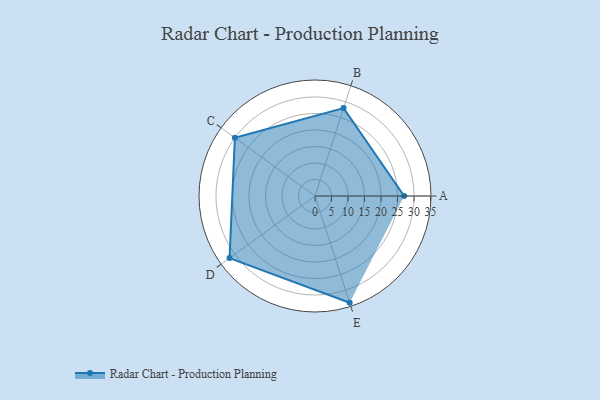
{"axis": {"x": "Skill", "y": "Score"}, "legend": ["Profile"], "data": [{"x": "A", "y": 27.0, "type": "Profile"}, {"x": "B", "y": 28.0, "type": "Profile"}, {"x": "C", "y": 30.0, "type": "Profile"}, {"x": "D", "y": 32.0, "type": "Profile"}, {"x": "E", "y": 34.0, "type": "Profile"}]}